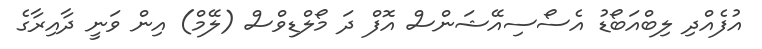
އުފެއްދި ލިބްއަބޯޑު އެސޯސިއޭޝަންސް އޮފް ދަ މޯލްޑިވްސް (ލޭމް) އިން ވަނީ ދާއިރާގެ